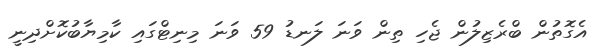
އެގޮތުން ބްރެޒިލުން ޖެހި ތިން ވަނަ ލަނޑު 59 ވަނަ މިނިޓްގައި ކާމިޔާބުކޮށްދިނީ